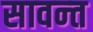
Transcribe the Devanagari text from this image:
सावन्‍त